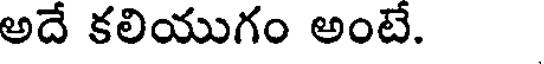
అదే కలియుగం అంటే.